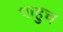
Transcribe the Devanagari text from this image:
पाहुच